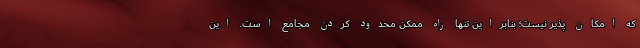
که امکان پذیر نیست؛ بنابراین تنها راه ممکن محدود کردن مجامع است. این